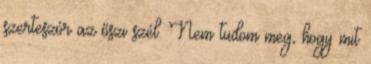
szerteszór az őszi szél. Nem tudom meg, hogy mit